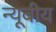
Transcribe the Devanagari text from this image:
न्यूबीय